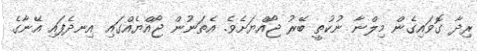
ރިދާ ގޮވައިގެން މިލްނާ ނުކުތީ ބޭރު ޖޯއްޔަށެވެ. އެތަނުން ޖޯއްޔެއްގައި އިނދެފައި އޭނާގެ